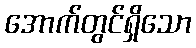
အောက်တွင်ရှိသော